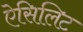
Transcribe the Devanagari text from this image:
ऐसिलिट